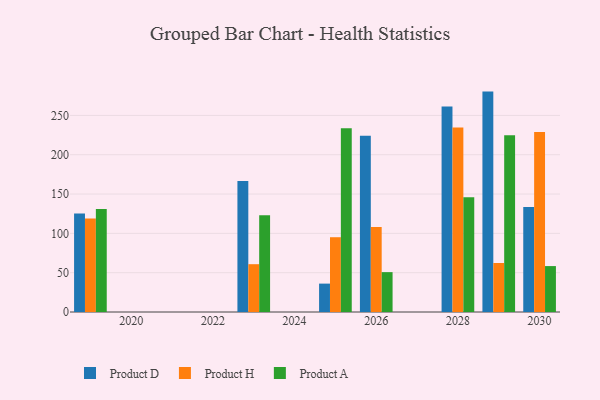
{"axis": {"x": "Year", "y": "Shipments"}, "legend": ["Product A", "Product D", "Product H"], "data": [{"x": "2019", "y": 125.2, "type": "Product D"}, {"x": "2019", "y": 119.0, "type": "Product H"}, {"x": "2019", "y": 131.1, "type": "Product A"}, {"x": "2026", "y": 224.0, "type": "Product D"}, {"x": "2026", "y": 108.2, "type": "Product H"}, {"x": "2026", "y": 50.7, "type": "Product A"}, {"x": "2028", "y": 261.5, "type": "Product D"}, {"x": "2028", "y": 234.5, "type": "Product H"}, {"x": "2028", "y": 146.0, "type": "Product A"}, {"x": "2029", "y": 280.3, "type": "Product D"}, {"x": "2029", "y": 62.3, "type": "Product H"}, {"x": "2029", "y": 224.8, "type": "Product A"}, {"x": "2025", "y": 36.1, "type": "Product D"}, {"x": "2025", "y": 95.1, "type": "Product H"}, {"x": "2025", "y": 233.7, "type": "Product A"}, {"x": "2030", "y": 133.4, "type": "Product D"}, {"x": "2030", "y": 229.0, "type": "Product H"}, {"x": "2030", "y": 58.4, "type": "Product A"}, {"x": "2023", "y": 166.5, "type": "Product D"}, {"x": "2023", "y": 60.8, "type": "Product H"}, {"x": "2023", "y": 122.9, "type": "Product A"}]}